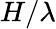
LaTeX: H/\lambda